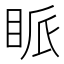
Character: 眽